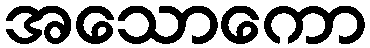
အသောကော